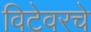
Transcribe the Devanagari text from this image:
विटेवरचे